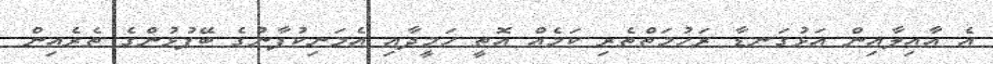
އެ އާއިލާއިން އަޅުގަނޑާ ރަހުމަތްތެރި ކަމެއް އޮތީ ހަމީދާއި އެމަނިކުފާނުގެ ބޭފުޅުންގެ ތެރެއިން